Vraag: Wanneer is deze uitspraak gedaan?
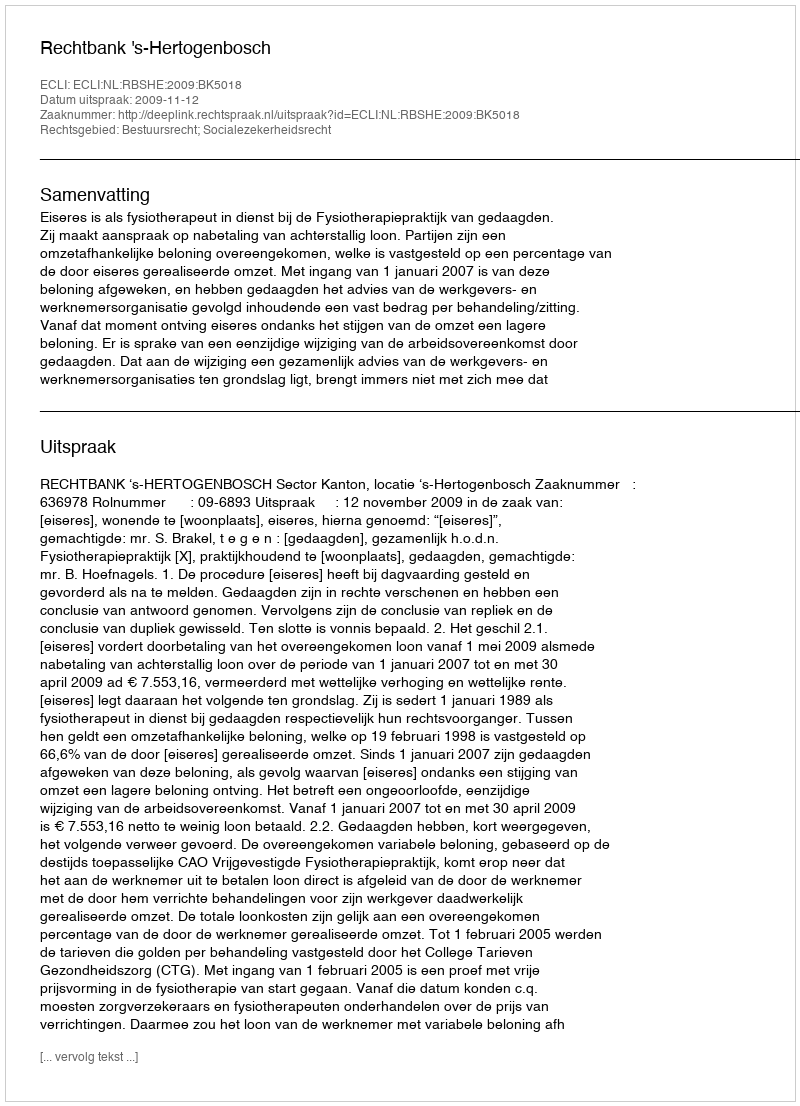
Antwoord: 2009-11-12